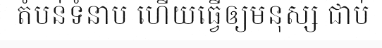
តំបន់ទំនាប ហើយធ្វើឲ្យមនុស្ស ជាប់